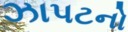
ઝાપટનો